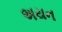
અયન